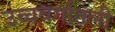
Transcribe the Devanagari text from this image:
उच्चवर्गातली